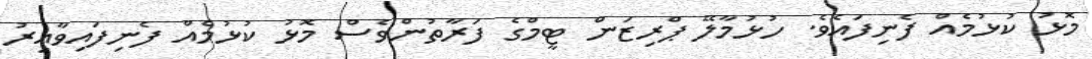
މޮޅު ކުޅުމެއް ފެނިފައެވެ. ހުޅުމާލޭ ޕްރިޒަން ޓީމްގެ ފަރާތުންވެސް މޮޅު ކުޅުމެއް ފެނިފައިވާއިރު